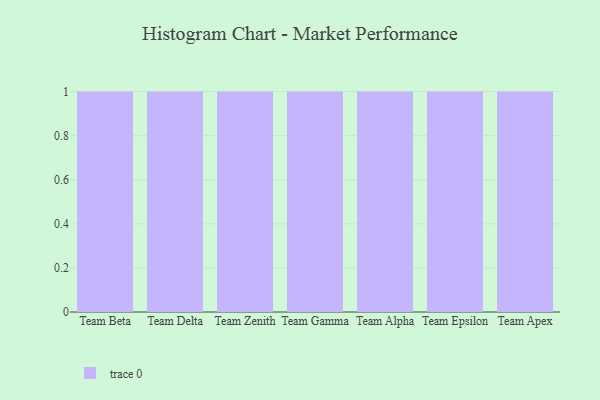
{"axis": {"x": "Team", "y": "Revenue (USD Million)"}, "legend": [""], "data": [{"x": "Team Beta", "y": 54, "type": ""}, {"x": "Team Delta", "y": 7, "type": ""}, {"x": "Team Zenith", "y": 68, "type": ""}, {"x": "Team Gamma", "y": 36, "type": ""}, {"x": "Team Alpha", "y": 34, "type": ""}, {"x": "Team Epsilon", "y": 7, "type": ""}, {"x": "Team Apex", "y": 14, "type": ""}]}